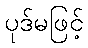
ပုဒ်မဖြင့်